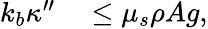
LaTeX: \begin{array}{rl}{k_{b}\kappa^{\prime\prime}}&{{}\leq\mu_{s}\rho Ag,}\end{array}